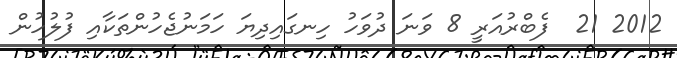
2012 21  ފެބްރުއަރީ 8 ވަނަ ދުވަހު ހިނގައިދިޔަ ހަމަނުޖެހުންތަކާއި ފުލުހުން